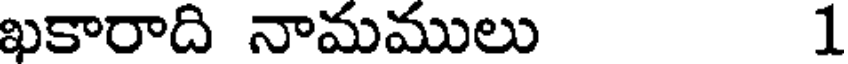
ఖకారాది నామములు 1